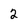
Character: 2